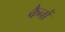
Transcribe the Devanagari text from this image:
कैनों